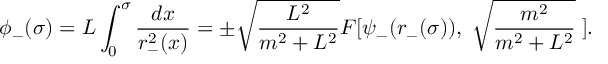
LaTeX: \phi _ { - } ( \sigma ) = L \int _ { 0 } ^ { \sigma } \frac { d x } { r _ { - } ^ { 2 } ( x ) } = \pm \sqrt { \frac { L ^ { 2 } } { m ^ { 2 } + L ^ { 2 } } } F [ \psi _ { - } ( r _ { - } ( \sigma ) ) , \; \sqrt { \frac { m ^ { 2 } } { m ^ { 2 } + L ^ { 2 } } } \; ] .